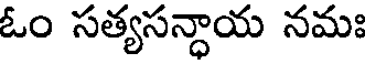
ఓం సత్యసన్ధాయ నమః